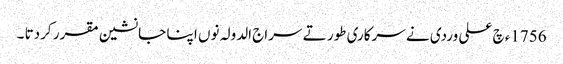
1756ء چ علی وردی نے سرکاری طور تے سراج الدولہ نوں ا پنا جانشین مقرر کردتا ۔